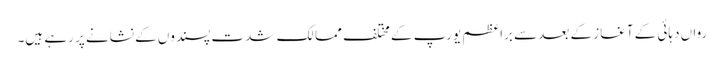
رواں دہائی کے آغاز کے بعد سے براعظم یورپ کے مختلف ممالک شدت پسندوں کے نشانے پر رہے ہیں۔